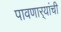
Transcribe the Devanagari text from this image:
पावणार्‍यांची